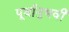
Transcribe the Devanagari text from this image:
पूर्वानुभवी